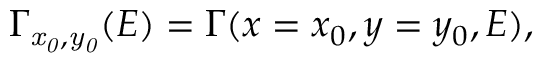
\Gamma _ { \mathit { x _ { 0 } , y _ { 0 } } } ( E ) = \Gamma ( x = x _ { 0 } , y = y _ { 0 } , E ) ,